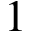
1